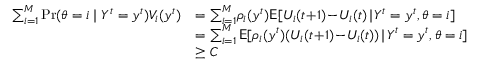
\begin{array} { r l } { \sum _ { i = 1 } ^ { M } \operatorname* { P r } ( \theta = i \mid Y ^ { t } = y ^ { t } ) V _ { i } ( y ^ { t } ) } & { = \sum _ { i = 1 } ^ { M } \! \rho _ { i } ( y ^ { t } ) \mathsf { E } [ U _ { i } ( t \! + \! 1 ) \! - \! U _ { i } ( t ) \! \mid \! Y ^ { t } = y ^ { t } , \theta = i ] } \\ & { = \sum _ { i = 1 } ^ { M } \mathsf { E } [ \rho _ { i } ( y ^ { t } ) ( U _ { i } ( t \! + \! 1 ) \! - \! U _ { i } ( t ) ) \! \mid \! Y ^ { t } = y ^ { t } , \theta = i ] } \\ & { \ge C } \end{array}